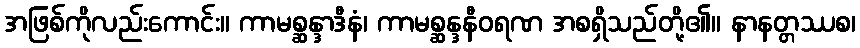
အဖြစ်ကိုလည်းကောင်း။ ကာမစ္ဆန္ဒာဒီနံ၊ ကာမစ္ဆန္ဒနီဝရဏ အစရှိသည်တို့၏။ နာနတ္တဿစ၊